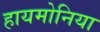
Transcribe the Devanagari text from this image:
हायमोनिया